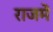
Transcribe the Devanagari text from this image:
राजमें